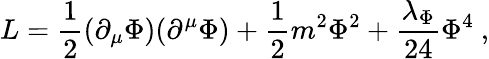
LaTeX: L={\frac{1}{2}}(\partial_{\mu}\Phi)(\partial^{\mu}\Phi)+{\frac{1}{2}}m^{2}\Phi^{2}+{\frac{\lambda_{\Phi}}{24}}\Phi^{4}~,